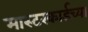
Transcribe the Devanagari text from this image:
मास्टरकार्डच्या